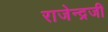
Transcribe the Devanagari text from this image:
राजेन्द्रजी